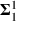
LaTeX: { \boldsymbol { \Sigma } } _ { 1 } ^ { 1 }